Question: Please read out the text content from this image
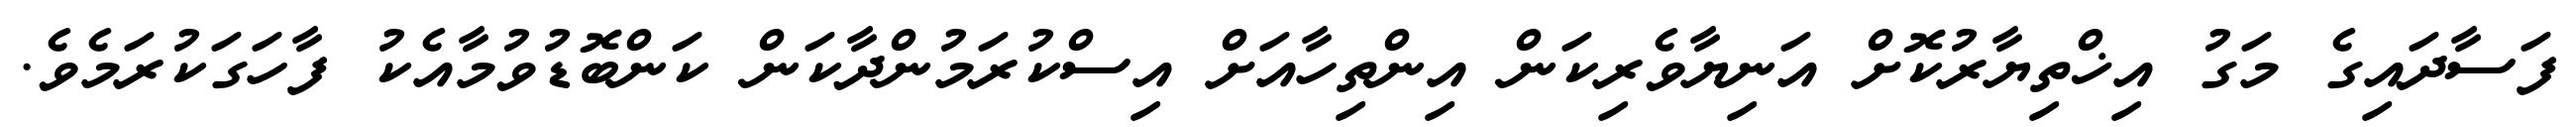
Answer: ފަސާދައިގެ މަގު އިޚްތިޔާރުކޮށް އަނިޔާވެރިކަން އިންތިހާއަށް އިސްކުރަމުންދާކަން ކަންބޮޑުވުމާއެކު ފާހަގަކުރަމެވެ.